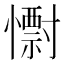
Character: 𭟅